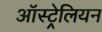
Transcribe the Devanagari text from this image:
आॅस्ट्रेलियन